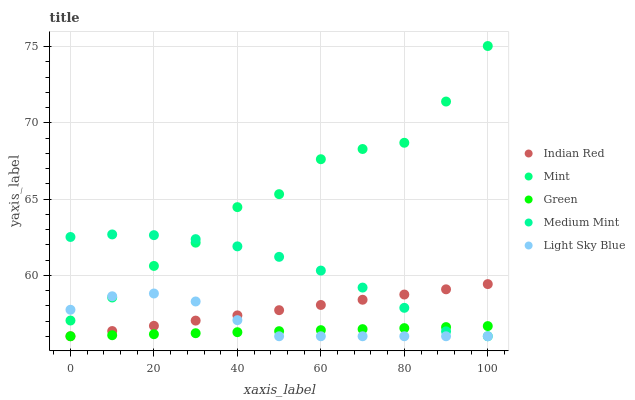
| xaxis_label | Indian Red | Mint | Green | Medium Mint | Light Sky Blue |
 | --- | --- | --- | --- | --- | --- |
 | 0 | 56 | 57 | 56 | 62.5 | 57.7 |
 | 10 | 56.3 | 58.5 | 56.1 | 62.7 | 58.6 |
 | 20 | 56.7 | 60.6 | 56.1 | 62.6 | 58.8 |
 | 30 | 57 | 62.1 | 56.2 | 62.4 | 58.3 |
 | 40 | 57.4 | 64.5 | 56.3 | 61.9 | 57.1 |
 | 50 | 57.7 | 65.3 | 56.3 | 61.2 | 56 |
 | 60 | 58.1 | 67.6 | 56.4 | 60.3 | 56 |
 | 70 | 58.4 | 68.3 | 56.5 | 59.2 | 56 |
 | 80 | 58.7 | 68.7 | 56.5 | 57.9 | 56 |
 | 90 | 59.1 | 71.4 | 56.6 | 56.3 | 56 |
 | 100 | 59.4 | 75 | 56.7 | 56 | 56 |